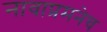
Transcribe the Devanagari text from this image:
नावाप्रमनेच